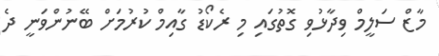
މާޒް ސަލީމް ވިދާޅުވި ގޮތުގައި މި ރެކޯޑު ގާއިމް ކުރުމަށް ބޭނުންވަނީ ދެ